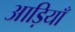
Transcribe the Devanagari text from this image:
आड़ियाँ